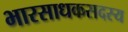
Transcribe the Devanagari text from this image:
भारसाधकसदस्य